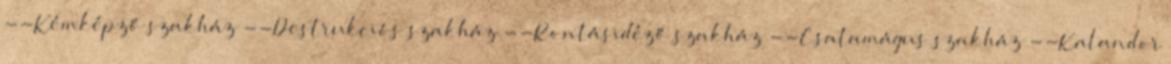
--Kémképző szakház --Destrukciós szakház --Rontásidéző szakház --Csatamágus szakház --Kalandor